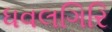
ધવલગિરિ